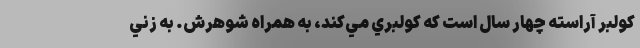
كولبر آراسته چهار سال است كه كولبري مي‌كند، به همراه شوهرش. به زني